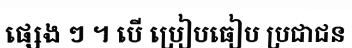
ផ្សេង ៗ ។ បើ ប្រៀបធៀប ប្រជាជន